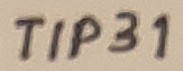
Text: TIP31